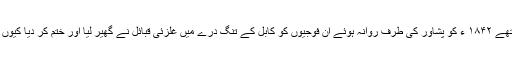
باقائدہ فوج جو پانچ ہزار اور گیارا ہزار لشکری تھے ۱۸۴۲ ء کو پشاور کی طرف روانہ ہوئے ان فوجیوں کو کابل کے تنگ درے میں غلزئی قبائل نے گھیر لیا اور ختم کر دیا کیوں کہ اس قبیلے پر انگریزوں نے بہت ظلم کیا تھا ۔